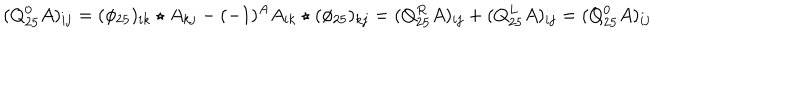
( Q _ { 2 5 } ^ { 0 } A ) _ { i j } = ( \phi _ { 2 5 } ) _ { i k } \star A _ { k j } - ( - 1 ) ^ { A } A _ { i k } \star ( \phi _ { 2 5 } ) _ { k j } = ( Q _ { 2 5 } ^ { R } A ) _ { i j } + ( Q _ { 2 5 } ^ { L } A ) _ { i j } = ( Q _ { 2 5 } ^ { 0 } A ) _ { i j }